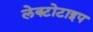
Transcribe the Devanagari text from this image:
लेक्टोटाइप